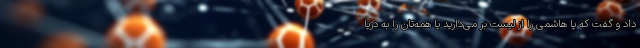
داد و گفت که یا هاشمی را از لیست بر می‌دارید یا همه‌تان را به دریا